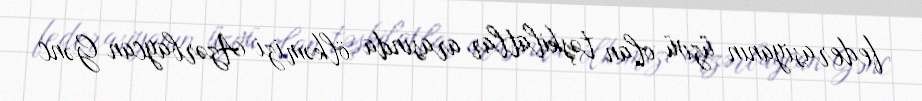
federasiyanın üzvü olan təşkilatlar arasında ölkəmizi Azərbaycan Gənc